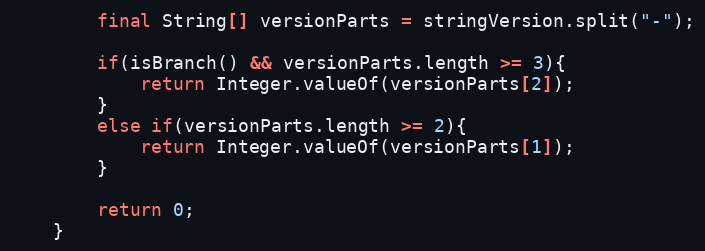
Language: Java
		final String[] versionParts = stringVersion.split("-");

		if(isBranch() && versionParts.length >= 3){
			return Integer.valueOf(versionParts[2]);
		}
		else if(versionParts.length >= 2){
			return Integer.valueOf(versionParts[1]);
		}

		return 0;
	}